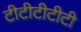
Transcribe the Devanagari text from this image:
टीटीटीटीटी